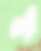
ল